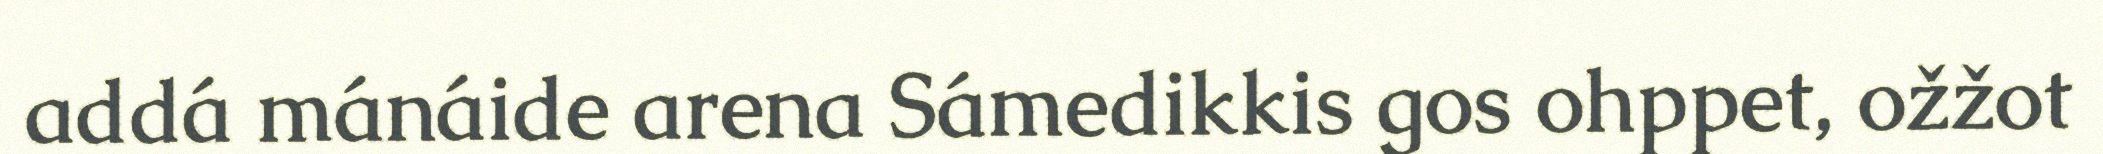
addá mánáide arena Sámedikkis gos ohppet, ožžot